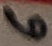
Text: 6